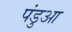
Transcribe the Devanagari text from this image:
पंडुआ